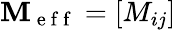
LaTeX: \mathbf{M}_{\mathrm{~e~f~f~}}=[M_{ij}]